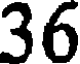
36